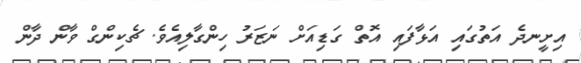
އިށީނދެ އަތުގައި އަޅާފައި އޮތް ގަޑިއަށް ނަޒަރު ހިންގާލިއެވެ. ޗެކިންގް ވާން ދާން